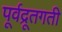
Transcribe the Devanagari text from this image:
पूर्वद्रूतगती